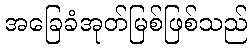
အခြေခံအုတ်မြစ်ဖြစ်သည်